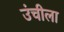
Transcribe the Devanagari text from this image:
उंचीला